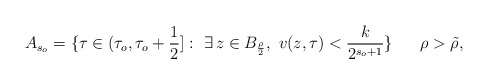
\begin{align*}A_{s_o}=\{\tau\in(\tau_o,\tau_o+\frac12]:\ \exists\, z\in B_{\frac \rho2},\ v(z,\tau)<\frac k{2^{s_o+1}}\}\quad\ \ \rho>\tilde\rho,\end{align*}